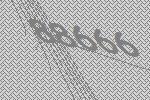
88666